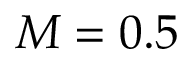
M = 0 . 5